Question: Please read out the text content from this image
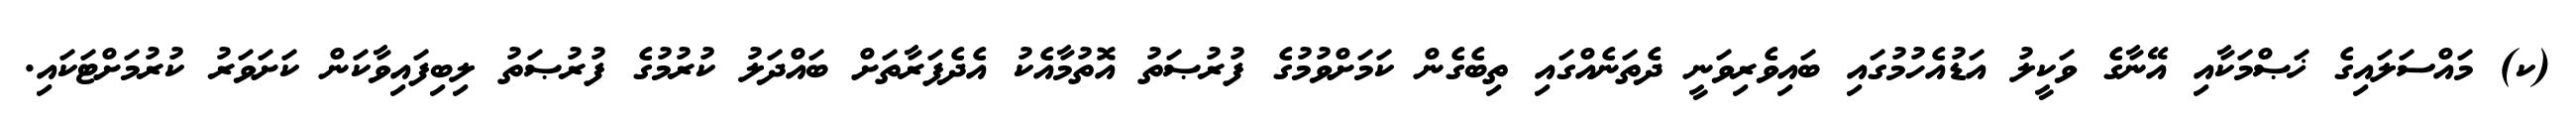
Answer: (ކ) މައްސަލައިގެ ޚަޞްމަކާއި އޭނާގެ ވަކީލު އަޑުއެހުމުގައި ބައިވެރިވަނީ ދެތަނެއްގައި ތިބެގެން ކަމަށްވުމުގެ ފުރުޞަތު އޮތުމާއެކު އެދެފަރާތަށް ބައްދަލު ކުރުމުގެ ފުރުޞަތު ލިބިފައިވާކަން ކަށަވަރު ކުރުމަށްޓަކައި.